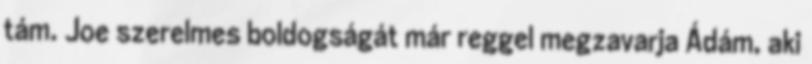
tám. Joe szerelmes boldogságát már reggel megzavarja Ádám, aki